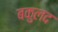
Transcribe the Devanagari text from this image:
बकुलद